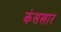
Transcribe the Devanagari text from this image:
कंसखार